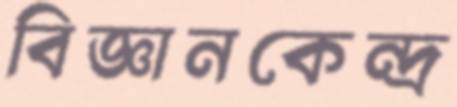
বিজ্ঞানকেন্দ্র